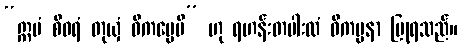
“ဣမံ စီဝရံ တုယှံ ဝိကပ္ပေမိ” ဟု ရဟန်းတပါးထံ ဝိကပ္ပနာ ပြုရသည်။